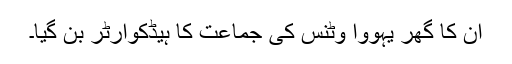
ان کا گھر یہووا وٹنس کی جماعت کا ہیڈکوارٹر بن گیا۔